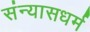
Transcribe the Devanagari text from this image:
संन्यासधर्म